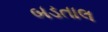
બડતાલ